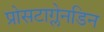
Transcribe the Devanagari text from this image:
प्रोसटाग्लेनडिन